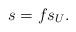
LaTeX: \begin{align*}s=fs_U.\end{align*}